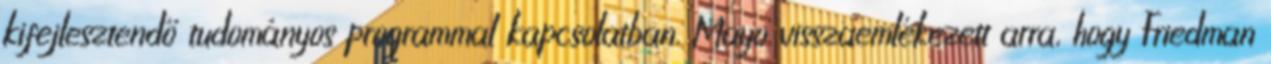
kifejlesztendő tudományos programmal kapcsolatban. Mayo visszaemlékezett arra, hogy Friedman